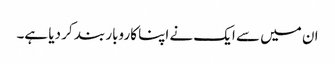
ان میں سے ایک نے اپنا کاروبار بند کر دیا ہے۔